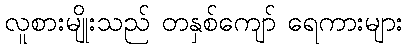
လူစားမျိုးသည် တနှစ်ကျော် ရေကားများ